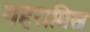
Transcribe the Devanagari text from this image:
गहरामिस्र